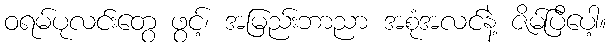
ဝရမ်ပုလင်းတွေ ဖွင့်၊ အမြည်းဘာညာ အစုံအလင်နဲ့ ဇိမ်ပြီပေါ့။